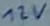
Text: 12V